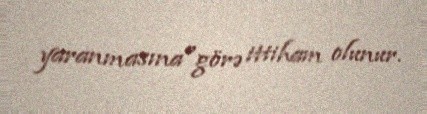
yaranmasına"görə ittiham olunur.